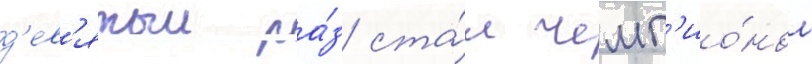
д'ев'ятыи ра́з ста́л чемп'ио́ном